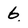
Character: 6